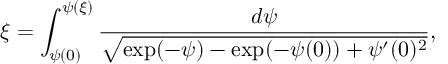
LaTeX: \xi = \int _ { \psi ( 0 ) } ^ { \psi ( \xi ) } \frac { d \psi } { \sqrt { \exp ( - \psi ) - \exp ( - \psi ( 0 ) ) + \psi ^ { \prime } ( 0 ) ^ { 2 } } } ,